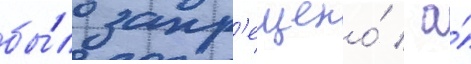
бы́ло запр'ещено́ / а́